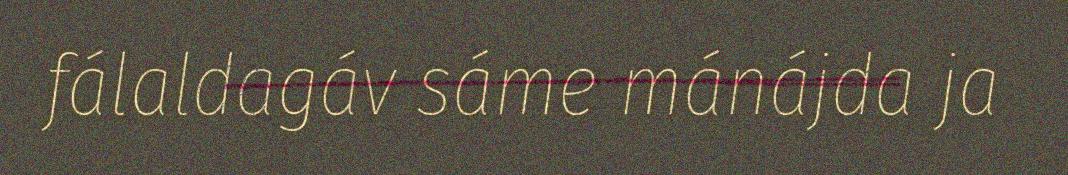
fálaldagáv sáme mánájda ja